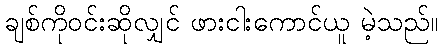
ချစ်ကိုဝင်းဆိုလျှင် ဖားငါးကောင်ယူ မဲ့သည်။